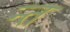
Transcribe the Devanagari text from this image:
न्त